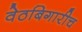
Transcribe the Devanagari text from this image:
वेठबिगारीच